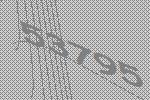
53795